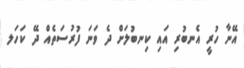
އޭނާ ހުރީ އެނބުރި އައި ކިނބުލަށް ދެ ވަނަ ފުރުސަތެއް ދޭ ކަހަލ